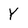
Character: Y